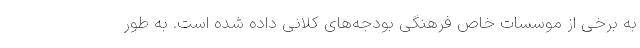
به برخی از موسسات خاص فرهنگی بودجه‌های کلانی داده شده است. به طور